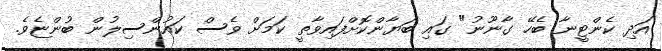
އަދި ކެންޓީނާ ބެހޭ ގާނޫނު" ގައި ބަޔާންކޮށްފައިވާތީ ކަމަށް ވެސް ކައުންސިލުން ބުންޏެވެ.